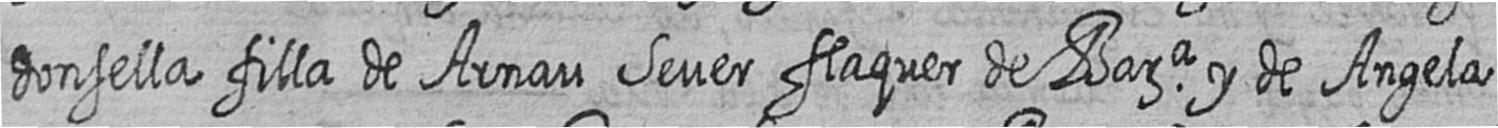
donsella filla de Arnau Sever flaquer de Bara y de Angela